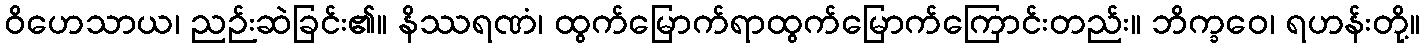
ဝိဟေသာယ၊ ညဉ်းဆဲခြင်း၏။ နိဿရဏံ၊ ထွက်မြောက်ရာထွက်မြောက်ကြောင်းတည်း။ ဘိက္ခဝေ၊ ရဟန်းတို့။